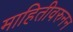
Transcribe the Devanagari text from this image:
माहितीवरुनन